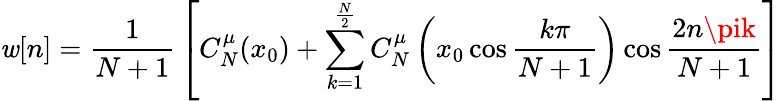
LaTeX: \mathit{w}[n]={\frac{{1}}{{N+1}}}\left[C_{N}^{\mu}(x_{0})+\sum_{k=1}^{\frac{{N}}{{2}}}C_{N}^{\mu}\left(x_{0}\cos{\frac{{k\pi}}{{N+1}}}\right)\cos{\frac{{2n\pik}}{{N+1}}}\right]